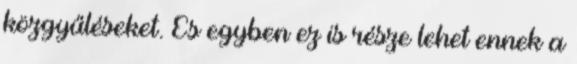
közgyűléseket. És egyben ez is része lehet ennek a